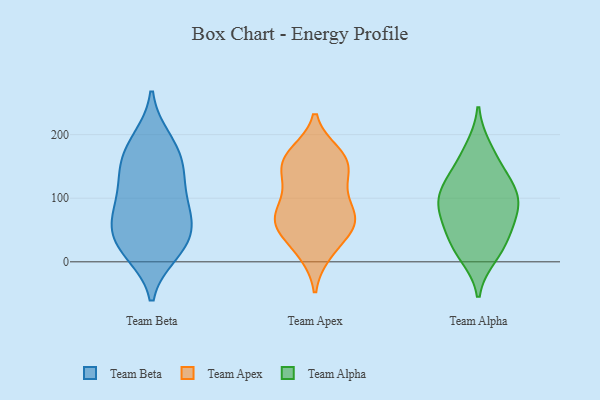
{"axis": {"x": "Revenue (USD Million)", "y": "Value"}, "legend": ["Team Alpha", "Team Apex", "Team Beta"], "data": [{"x": "", "y": 191, "type": "Team Beta"}, {"x": "", "y": 101, "type": "Team Beta"}, {"x": "", "y": 111, "type": "Team Beta"}, {"x": "", "y": 194, "type": "Team Beta"}, {"x": "", "y": 13, "type": "Team Beta"}, {"x": "", "y": 141, "type": "Team Beta"}, {"x": "", "y": 166, "type": "Team Beta"}, {"x": "", "y": 75, "type": "Team Beta"}, {"x": "", "y": 152, "type": "Team Beta"}, {"x": "", "y": 56, "type": "Team Beta"}, {"x": "", "y": 44, "type": "Team Beta"}, {"x": "", "y": 16, "type": "Team Beta"}, {"x": "", "y": 16, "type": "Team Beta"}, {"x": "", "y": 42, "type": "Team Beta"}, {"x": "", "y": 85, "type": "Team Beta"}, {"x": "", "y": 146, "type": "Team Beta"}, {"x": "", "y": 61, "type": "Team Beta"}, {"x": "", "y": 152, "type": "Team Apex"}, {"x": "", "y": 61, "type": "Team Apex"}, {"x": "", "y": 122, "type": "Team Apex"}, {"x": "", "y": 52, "type": "Team Apex"}, {"x": "", "y": 13, "type": "Team Apex"}, {"x": "", "y": 111, "type": "Team Apex"}, {"x": "", "y": 171, "type": "Team Apex"}, {"x": "", "y": 171, "type": "Team Apex"}, {"x": "", "y": 42, "type": "Team Apex"}, {"x": "", "y": 155, "type": "Team Apex"}, {"x": "", "y": 64, "type": "Team Apex"}, {"x": "", "y": 130, "type": "Team Apex"}, {"x": "", "y": 159, "type": "Team Apex"}, {"x": "", "y": 78, "type": "Team Apex"}, {"x": "", "y": 68, "type": "Team Apex"}, {"x": "", "y": 59, "type": "Team Apex"}, {"x": "", "y": 13, "type": "Team Apex"}, {"x": "", "y": 70, "type": "Team Apex"}, {"x": "", "y": 160, "type": "Team Apex"}, {"x": "", "y": 94, "type": "Team Apex"}, {"x": "", "y": 77, "type": "Team Alpha"}, {"x": "", "y": 177, "type": "Team Alpha"}, {"x": "", "y": 108, "type": "Team Alpha"}, {"x": "", "y": 26, "type": "Team Alpha"}, {"x": "", "y": 103, "type": "Team Alpha"}, {"x": "", "y": 11, "type": "Team Alpha"}, {"x": "", "y": 124, "type": "Team Alpha"}, {"x": "", "y": 71, "type": "Team Alpha"}, {"x": "", "y": 65, "type": "Team Alpha"}, {"x": "", "y": 154, "type": "Team Alpha"}, {"x": "", "y": 29, "type": "Team Alpha"}, {"x": "", "y": 109, "type": "Team Alpha"}]}